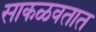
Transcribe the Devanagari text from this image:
साकळवतात